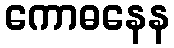
ကောဓနေန